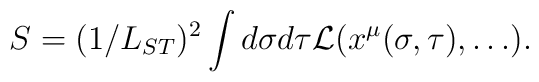
S = (1/L_{ST})^2 \int d \sigma d \tau {\cal L} (x^\mu (\sigma, \tau), \ldots) .